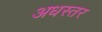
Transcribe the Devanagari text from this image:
अधस्तर